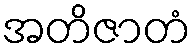
အတိဇာတံ